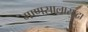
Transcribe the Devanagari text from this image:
माणसालासुद्धा